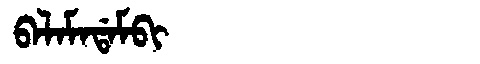
Manchu: ᠪᠠᠯᠠᠮᠠᡩᠠᠮᠪᡳ
Romanization: BALAMADAMBI